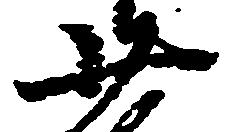
少